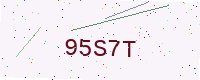
Text: 95S7T